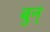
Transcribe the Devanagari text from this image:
बुन्‌